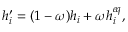
h _ { i } ^ { \prime } = ( 1 - \omega ) h _ { i } + \omega h _ { i } ^ { e q } ,